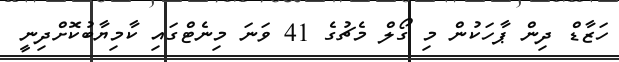
ހަޒާޑް ދިން ޕާހަކުން މި ގޯލް މެޗުގެ 41 ވަނަ މިނެޓްގައި ކާމިޔާބުކޮށްދިނީ